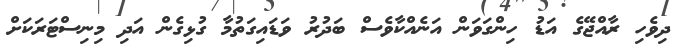
ދިވެހި ރާއްޖޭގެ އަޑު ހިންގަވަން އަނެއްކާވެސް ބަދުރު ވަޑައިގަތުމާ ގުޅިގެން އަދި މިނިސްޓަރަކަށް